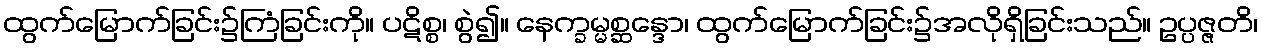
ထွက်မြောက်ခြင်း၌ကြံခြင်းကို။ ပဋိစ္စ၊ စွဲ၍။ နေက္ခမ္မစ္ဆန္ဒော၊ ထွက်မြောက်ခြင်း၌အလိုရှိခြင်းသည်။ ဥပ္ပဇ္ဇတိ၊